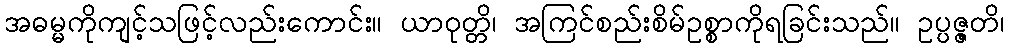
အဓမ္မကိုကျင့်သဖြင့်လည်းကောင်း။ ယာဝုတ္တိ၊ အကြင်စည်းစိမ်ဥစ္စာကိုရခြင်းသည်။ ဥပ္ပဇ္ဇတိ၊